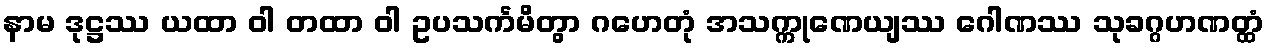
နာမ ဒုဋ္ဌဿ ယထာ ဝါ တထာ ဝါ ဥပသင်္ကမိတွာ ဂဟေတုံ အသက္ကုဏေယျဿ ဂေါဏဿ သုခဂ္ဂဟဏတ္ထံ